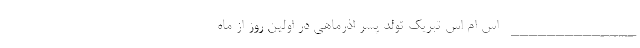
______________ اس ام اس تبریک تولد پسر اذرماهی در اولین روز از ماه